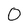
Character: O